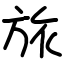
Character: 旅